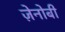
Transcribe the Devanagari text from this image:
ज़ेनोबी